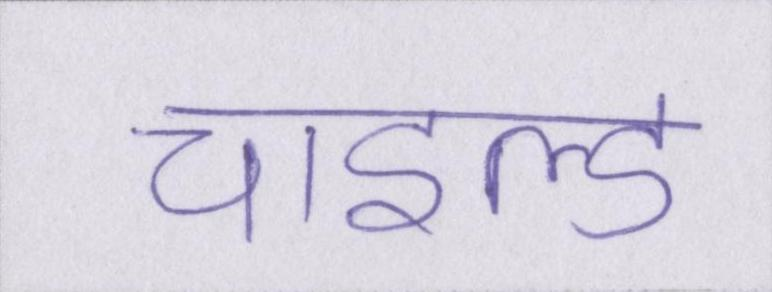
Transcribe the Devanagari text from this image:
चाइल्ड